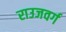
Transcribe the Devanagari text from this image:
राउजवर्ग